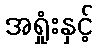
အရှုံးနှင့်